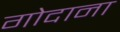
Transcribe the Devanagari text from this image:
गोदाना